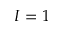
I = 1